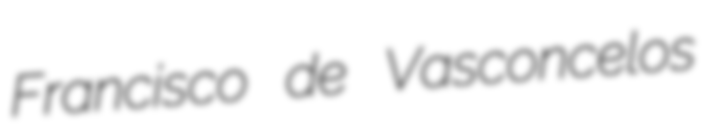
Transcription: Francisco de Vasconcelos